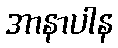
အာနာပါန